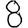
Digit: 8